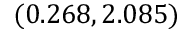
( 0 . 2 6 8 , 2 . 0 8 5 )